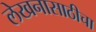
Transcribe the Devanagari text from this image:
लेखनासाठीचा